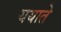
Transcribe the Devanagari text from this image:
ययाते